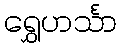
ရွှေဟင်္သာ